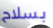
بسلاح